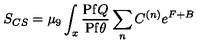
S _ { C S } = \mu _ { 9 } \int _ { x } { \frac { \mathrm { P f } Q } { \mathrm { P f } \theta } } \sum _ { n } C ^ { ( n ) } e ^ { F + B }